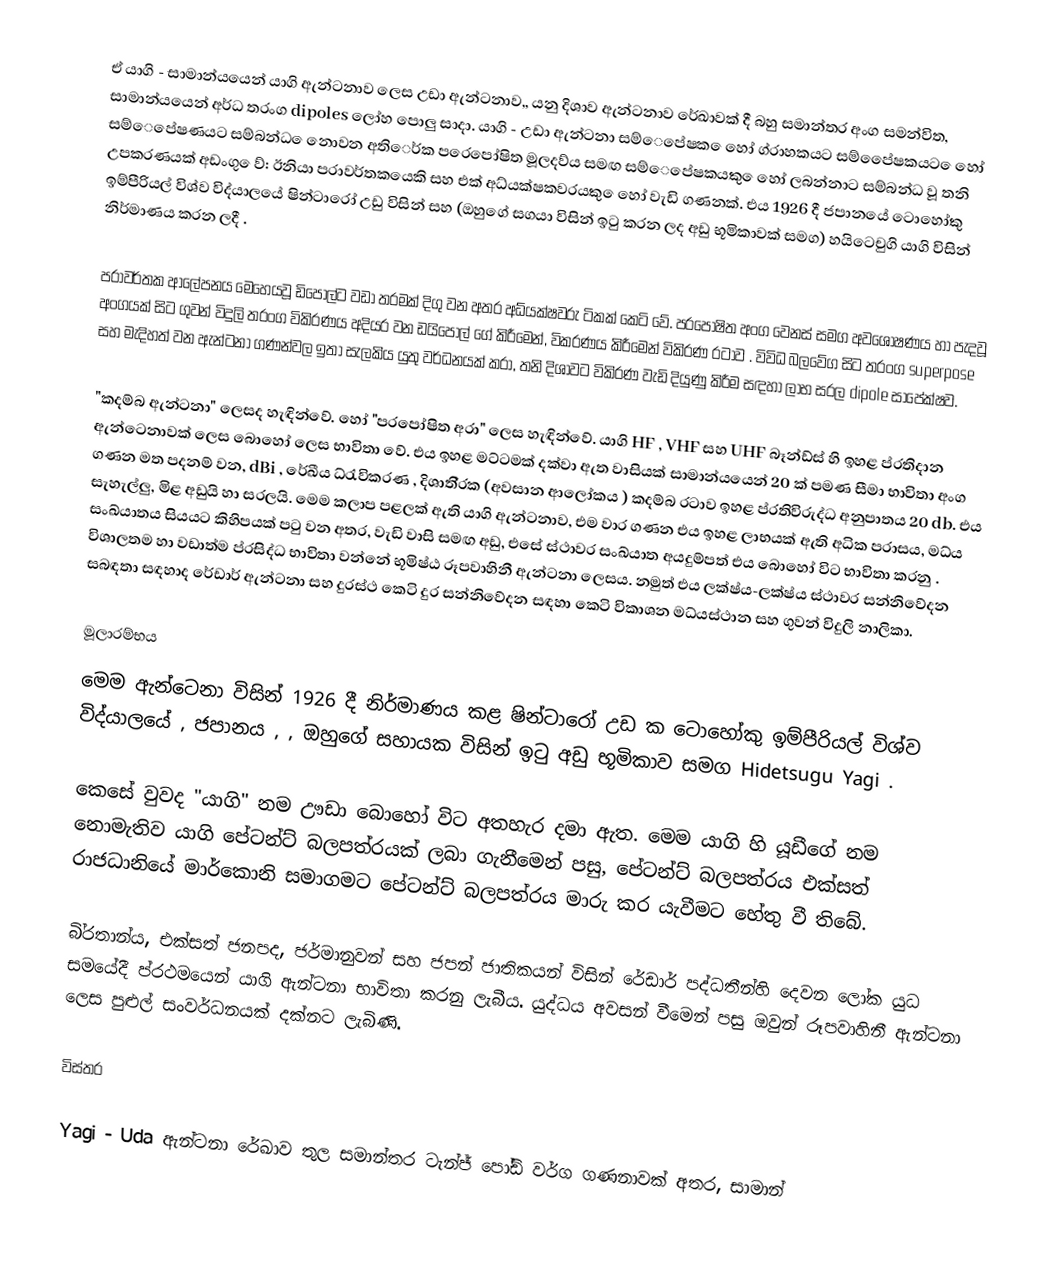
ඒ යාගි - සාමාන්යයෙන් යාගි ඇන්ටනාව ලෙස උඩා ඇන්ටනාව,, යනු දිශාව ඇන්ටනාව රේඛාවක් දී බහු සමාන්තර අංග සමන්විත,  සාමාන්යයෙන් අර්ධ තරංග dipoles ලෝහ පොලු සාදා.   යාගි - උඩා ඇන්ටනා සම්ෙපේෂක ෙහෝ ග්රාහකයට සම්ෙපේෂකයට ෙහෝ සම්ෙපේෂණයට සම්බන්ධ ෙනොවන අතිෙර්ක පරෙපෝෂිත මූලදව්ය සමඟ සම්ෙපේෂකයකු ෙහෝ ලබන්නාට සම්බන්ධ වූ තනි උපකරණයක් අඩංගු ෙව්: ඊනියා පරාවර්තකයෙකි සහ එක් අධ්යක්ෂකවරයකු ෙහෝ වැඩි ගණනක්.     එය 1926 දී ජපානයේ ටොහෝකු ඉම්පීරියල් විශ්ව විද්යාලයේ ෂින්ටාරෝ උඩු විසින්  සහ (ඔහුගේ සගයා විසින් ඉටු කරන ලද අඩු භූමිකාවක් සමග) හයිටෙචුගි යාගි විසින් නිර්මාණය කරන ලදී .

පරාවර්තක ආලේපනය මෙහෙයවූ ඩිපෝල්ට වඩා තරමක් දිගු වන අතර අධ්යක්ෂවරු ටිකක් කෙටි වේ.   පරපෝෂිත අංග වෙනස් සමග අවශෝෂණය හා පැදවූ අංගයක් සිට ගුවන් විදුලි තරංග විකිරණය අදියර වන ඩයිපෝල් ගේ කිරීමෙන්, විකරණය කිරීමෙන් විකිරණ රටාව .  විවිධ බලවේග සිට තරංග superpose සහ මැදිහත් වන ඇන්ටනා ගණන්වල ඉතා සැලකිය යුතු වර්ධනයක් කරා, තනි දිශාවට විකිරණ වැඩි දියුණු කිරීම සඳහා ලාභ සරල dipole සාපේක්ෂව.

"කදම්බ ඇන්ටනා" ලෙසද හැඳින්වේ.  හෝ "පරපෝෂිත අරා" ලෙස හැඳින්වේ. යාගි HF , VHF සහ UHF බෑන්ඩ්ස් හි ඉහළ ප්රතිදාන ඇන්ටෙනාවක් ලෙස බොහෝ ලෙස භාවිතා වේ.    එය ඉහළ මට්ටමක් දක්වා ඇත වාසියක් සාමාන්යයෙන් 20 ක් පමණ සීමා භාවිතා අංග ගණන මත පදනම් වන,   dBi ,  රේඛීය ධ්රැවිකරණ ,  දිශාති්රක (අවසාන ආලෝකය ) කදම්බ රටාව  ඉහළ ප්රතිවිරුද්ධ අනුපාතය 20   db. එය සැහැල්ලු, මිළ අඩුයි හා සරලයි.   මෙම කලාප පළලක් ඇති යාගි ඇන්ටනාව, එම වාර ගණන එය ඉහළ ලාභයක් ඇති අධික පරාසය, මධ්ය සංඛ්යාතය සියයට කිහිපයක් පටු වන අතර, වැඩි වාසි සමඟ අඩු,   එසේ ස්ථාවර සංඛ්යාත අයදුම්පත් එය බොහෝ විට භාවිතා කරනු .  විශාලතම හා වඩාත්ම ප්රසිද්ධ භාවිතා වන්නේ භූමිෂ්ඨ රූපවාහිනී ඇන්ටනා ලෙසය.  නමුත් එය ලක්ෂ්ය-ලක්ෂ්ය ස්ථාවර සන්නිවේදන සබඳතා සඳහාද  රේඩාර් ඇන්ටනා සහ  දුරස්ථ කෙටි දුර සන්නිවේදන සඳහා කෙටි විකාශන මධ්යස්ථාන සහ ගුවන් විදුලි නාලිකා.

මූලාරම්භය
මෙම ඇන්ටෙනා විසින් 1926 දී නිර්මාණය කළ ෂින්ටාරෝ උඩ ක ටොහෝකු ඉම්පීරියල් විශ්ව විද්යාලයේ , ජපානය ,  , ඔහුගේ සහායක විසින් ඉටු අඩු භූමිකාව සමග Hidetsugu Yagi .

කෙසේ වුවද "යාගි" නම ඌඩා බොහෝ විට අතහැර දමා ඇත.  මෙම යාගි හි යූඩීගේ නම නොමැතිව යාගි පේටන්ට් බලපත්රයක් ලබා ගැනීමෙන් පසු, පේටන්ට් බලපත්රය එක්සත් රාජධානියේ මාර්කොනි සමාගමට පේටන්ට් බලපත්රය මාරු කර යැවීමට හේතු වී තිබේ.

බි්රතාන්ය, එක්සත් ජනපද, ජර්මානුවන් සහ ජපන් ජාතිකයන් විසින් රේඩාර් පද්ධතීන්හි දෙවන ලෝක යුධ සමයේදී ප්රථමයෙන් යාගි ඇන්ටනා භාවිතා කරනු ලැබීය.   යුද්ධය අවසන් වීමෙන් පසු ඔවුන් රූපවාහිනී ඇන්ටනා ලෙස පුළුල් සංවර්ධනයක් දක්නට ලැබිණි.

විස්තර

Yagi - Uda ඇන්ටනා රේඛාව තුල සමාන්තර ටැන්ජ් පෝඩ් වර්ග ගණනාවක් අතර, සාමාන්